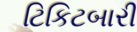
ટિકિટબારી